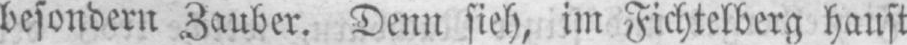
besondern Zauber. Denn sieh, im Fichtelberg haust